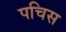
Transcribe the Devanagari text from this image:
पचिस